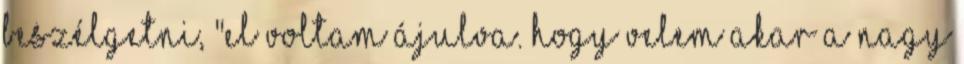
beszélgetni, "el voltam ájulva. hogy velem akar a nagy